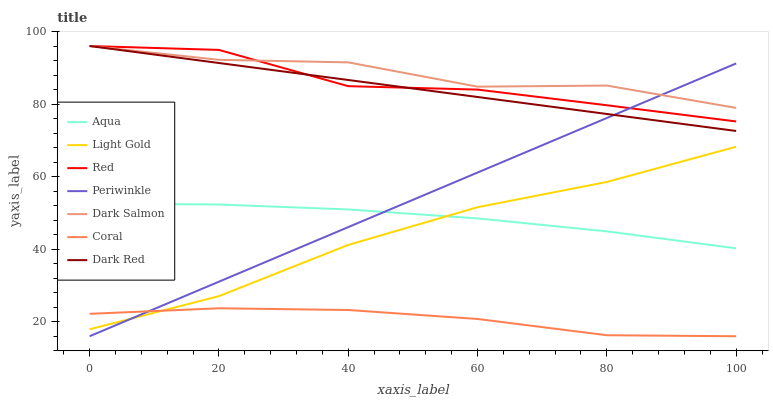
| xaxis_label | Aqua | Light Gold | Red | Periwinkle | Dark Salmon | Coral | Dark Red |
 | --- | --- | --- | --- | --- | --- | --- | --- |
 | 0 | 52.6 | 17.9 | 96 | 16 | 96 | 22.2 | 96 |
 | 20 | 52.3 | 27 | 94.9 | 31 | 92.2 | 23.7 | 91.3 |
 | 40 | 50.9 | 41.2 | 84.9 | 46.1 | 91.5 | 23.2 | 86.6 |
 | 60 | 48.5 | 51.6 | 84 | 61.1 | 84.8 | 20.8 | 81.9 |
 | 80 | 44.9 | 58.5 | 79.7 | 76.2 | 85.1 | 16.3 | 77.3 |
 | 100 | 40.2 | 68.2 | 75.2 | 91.2 | 78.9 | 16 | 72.6 |